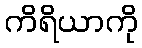
ကိရိယာကို